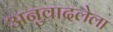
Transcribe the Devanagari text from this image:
अनुवादलेला